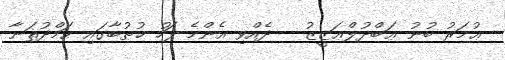
ޢުމަރު ބުނު ޢަބްދުލްޢަޒީޒު   ދެއްވި އެންމެ ފަހު ޚުޠުބާގައި ޙަމްދުޘަނާ